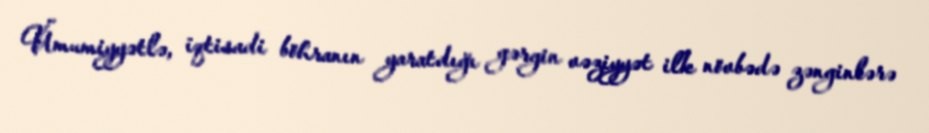
Ümumiyyətlə, iqtisadi böhranın yaratdığı gərgin vəziyyət ilk növbədə zənginlərə